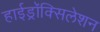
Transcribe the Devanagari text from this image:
हाईड्रॉक्सिलेशन